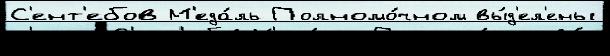
С'ент'ебов М'еда́ль Полномо́чном вы́д'ел'ены